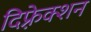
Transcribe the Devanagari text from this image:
दिफ़्रेक्शन